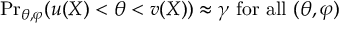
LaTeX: { \operatorname* { P r } } _ { \theta , \varphi } ( u ( X ) < \theta < v ( X ) ) \approx \gamma { \mathrm { ~ f o r ~ a l l ~ } } ( \theta , \varphi )